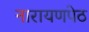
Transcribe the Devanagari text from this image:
नारायणपेठ